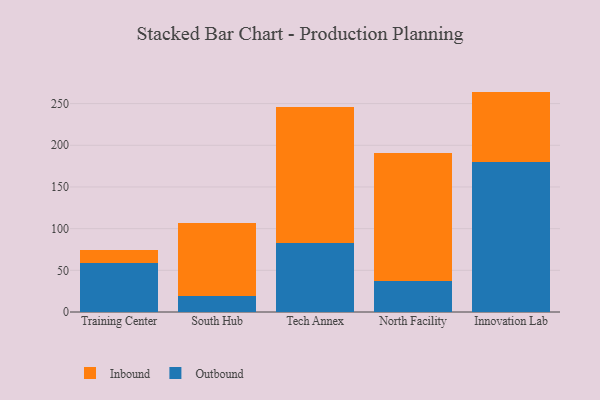
{"axis": {"x": "Campus", "y": "Temperature (°C)"}, "legend": ["Inbound", "Outbound"], "data": [{"x": "Training Center", "y": 58.9, "type": "Outbound"}, {"x": "Training Center", "y": 15.5, "type": "Inbound"}, {"x": "South Hub", "y": 19.5, "type": "Outbound"}, {"x": "South Hub", "y": 86.9, "type": "Inbound"}, {"x": "Tech Annex", "y": 82.2, "type": "Outbound"}, {"x": "Tech Annex", "y": 164.1, "type": "Inbound"}, {"x": "North Facility", "y": 37.4, "type": "Outbound"}, {"x": "North Facility", "y": 153.5, "type": "Inbound"}, {"x": "Innovation Lab", "y": 179.7, "type": "Outbound"}, {"x": "Innovation Lab", "y": 84.7, "type": "Inbound"}]}